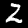
Digit: 2